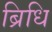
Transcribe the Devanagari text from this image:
ब्रिधि